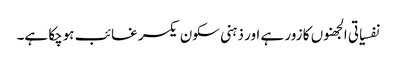
نفسیاتی الجھنوں کا زور ہے اور ذہنی سکون یکسر غائب ہوچکا ہے۔